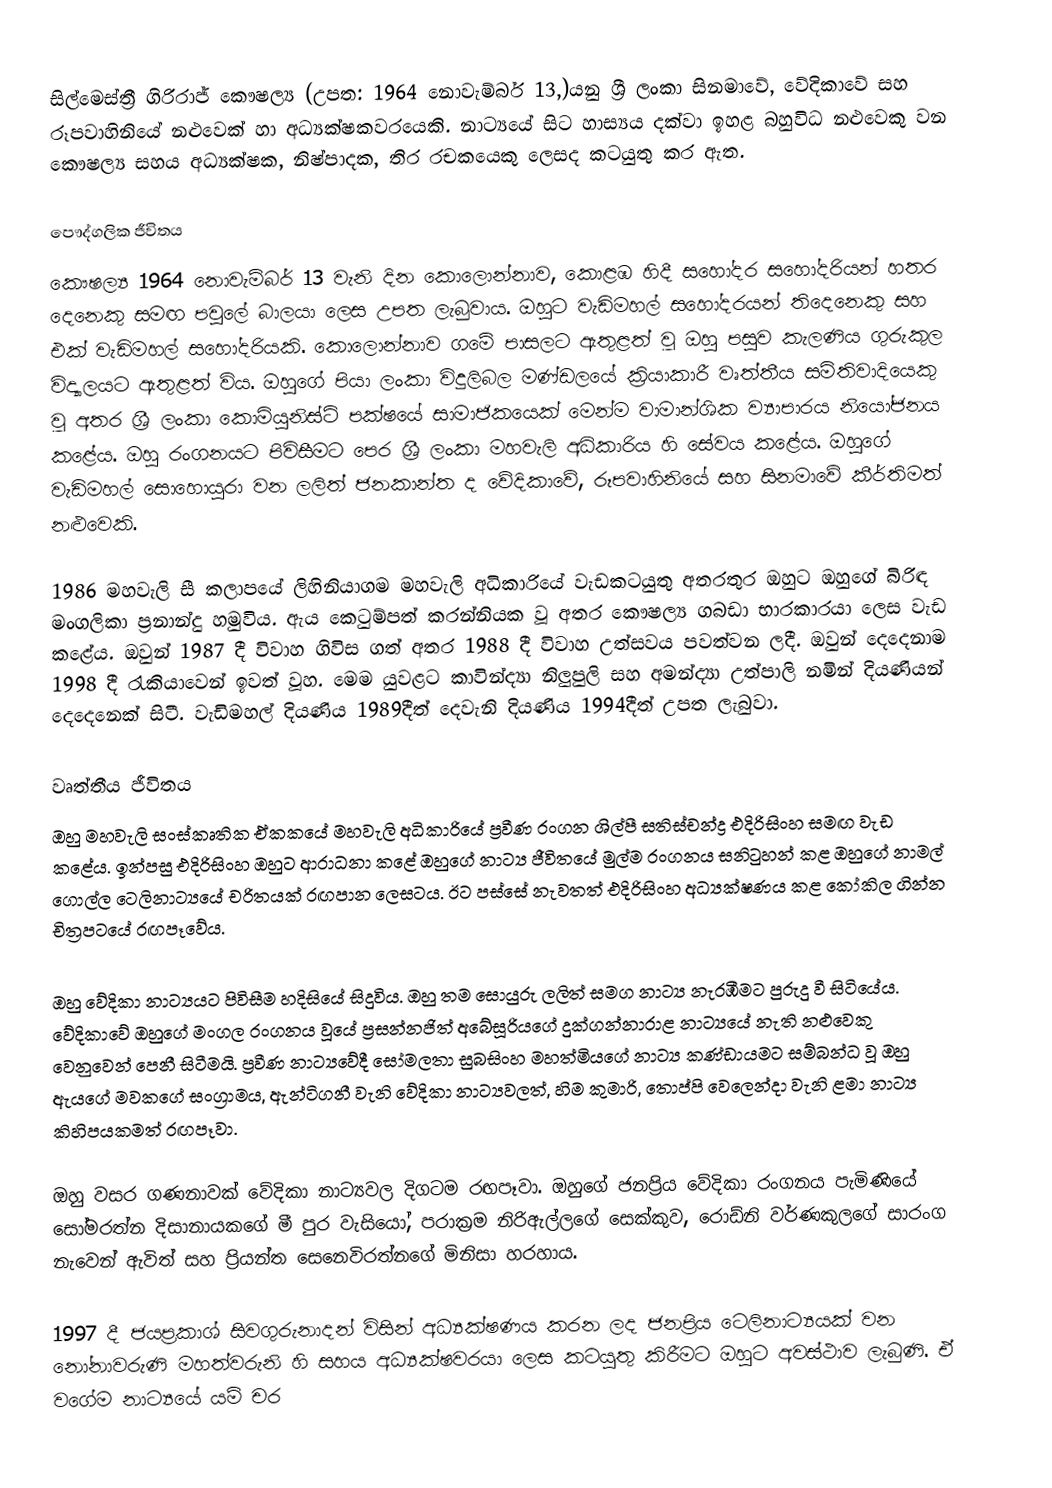
සිල්මෙස්ත්‍රී ගිරිරාජ් කෞෂල්‍ය (උපත: 1964 නොවැම්බර් 13,)යනු ශ්‍රී ලංකා සිනමාවේ, වේදිකාවේ සහ රූපවාහිනියේ නළුවෙක් හා අධ්‍යක්ෂකවරයෙකි. නාට්‍යයේ සිට හාස්‍යය දක්වා ඉහළ බහුවිධ නළුවෙකු වන කෞෂල්‍ය සහය අධ්‍යක්ෂක, නිෂ්පාදක, තිර රචකයෙකු ලෙසද කටයුතු කර ඇත.

පෞද්ගලික ජීවිතය
කෞෂල්‍ය 1964 නොවැම්බර් 13 වැනි දින කොලොන්නාව, කොළඹ හිදී සහෝදර සහෝදරියන් හතර දෙනෙකු සමඟ පවුලේ බාලයා ලෙස උපත ලැබුවාය. ඔහුට වැඩිමහල් සහෝදරයන් තිදෙනෙකු සහ එක් වැඩිමහල් සහෝදරියකි. කොලොන්නාව ගමේ පාසලට ඇතුළත් වූ ඔහු පසුව කැලණිය ගුරුකුල විද්‍යාලයට ඇතුළත් විය. ඔහුගේ පියා ලංකා විදුලිබල මණ්ඩලයේ ක්‍රියාකාරී වෘත්තීය සමිතිවාදියෙකු වූ අතර ශ්‍රී ලංකා කොමියුනිස්ට් පක්ෂයේ සාමාජිකයෙක් මෙන්ම වාමාන්ශික ව්‍යාපාරය නියෝජනය කළේය. ඔහු රංගනයට පිවිසීමට පෙර ශ්‍රී ලංකා මහවැලි අධිකාරිය හි සේවය කළේය. ඔහුගේ වැඩිමහල් සොහොයුරා වන ලලිත් ජනකාන්ත ද වේදිකාවේ, රූපවාහිනියේ සහ සිනමාවේ කීර්තිමත් නළුවෙකි.

1986 මහවැලි සී කලාපයේ ලිහිනියාගම මහවැලි අධිකාරියේ වැඩකටයුතු අතරතුර ඔහුට ඔහුගේ බිරිඳ මංගලිකා ප්‍රනාන්දු හමුවිය. ඇය කෙටුම්පත් කරන්නියක වූ අතර කෞෂල්‍ය ගබඩා භාරකාරයා ලෙස වැඩ කළේය. ඔවුන් 1987 දී විවාහ ගිවිස ගත් අතර 1988 දී විවාහ උත්සවය පවත්වන ලදී. ඔවුන් දෙදෙනාම 1998 දී රැකියාවෙන් ඉවත් වූහ. මෙම යුවළට කාවින්ද්‍යා නිලුපුලි සහ අමන්ද්‍යා උත්පාලි නමින් දියණියන් දෙදෙනෙක් සිටී. වැඩිමහල් දියණිය 1989දීත් දෙවැනි දියණිය 1994දීත් උපත ලැබුවා.

වෘත්තීය ජීවිතය
ඔහු මහවැලි සංස්කෘතික ඒකකයේ මහවැලි අධිකාරියේ ප්‍රවීණ රංගන ශිල්පී සතිස්චන්ද්‍ර එදිරිසිංහ සමඟ වැඩ කළේය. ඉන්පසු එදිරිසිංහ ඔහුට ආරාධනා කළේ ඔහුගේ නාට්‍ය ජීවිතයේ මුල්ම රංගනය සනිටුහන් කළ ඔහුගේ නාමල් ගොල්ල ටෙලිනාට්‍යයේ චරිතයක් රඟපාන ලෙසටය. ඊට පස්සේ නැවතත් එදිරිසිංහ අධ්‍යක්ෂණය කළ කෝකිල ගින්න චිත්‍රපටයේ රඟපෑවේය.

ඔහු වේදිකා නාට්‍යයට පිවිසීම හදිසියේ සිදුවිය. ඔහු තම සොයුරු ලලිත් සමග නාට්‍ය නැරඹීමට පුරුදු වී සිටියේය. වේදිකාවේ ඔහුගේ මංගල රංගනය වූයේ ප්‍රසන්නජිත් අබේසූරියගේ දුක්ගන්නාරාළ නාට්‍යයේ නැති නළුවෙකු වෙනුවෙන් පෙනී සිටීමයි. ප්‍රවීණ නාට්‍යවේදී සෝමලතා සුබසිංහ මහත්මියගේ නාට්‍ය කණ්ඩායමට සම්බන්ධ වූ ඔහු ඇයගේ මවකගේ සංග්‍රාමය, ඇන්ටිගනී වැනි වේදිකා නාට්‍යවලත්, හිම කුමාරි, තොප්පි වෙලෙන්දා වැනි ළමා නාට්‍ය කිහිපයකමත් රඟපෑවා.

ඔහු වසර ගණනාවක් වේදිකා නාට්‍යවල දිගටම රඟපෑවා. ඔහුගේ ජනප්‍රිය වේදිකා රංගනය පැමිණියේ සෝමරත්න දිසානායකගේ මී පුර වැසියෝ, පරාක්‍රම නිරිඇල්ලගේ සෙක්කුව, රොඩ්නි වර්ණකුලගේ සාරංග නැවෙන් ඇවිත් සහ ප්‍රියන්ත සෙනෙවිරත්නගේ මිනිසා හරහාය.

1997 දී ජයප්‍රකාශ් සිවගුරුනාදන් විසින් අධ්‍යක්ෂණය කරන ලද ජනප්‍රිය ටෙලිනාට්‍යයක් වන නෝනාවරුණි මහත්වරුනි හි සහය අධ්‍යක්ෂවරයා ලෙස කටයුතු කිරීමට ඔහුට අවස්ථාව ලැබුණි. ඒ වගේම නාට්‍යයේ යම් චර